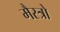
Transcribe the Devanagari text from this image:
मैस्त्रो